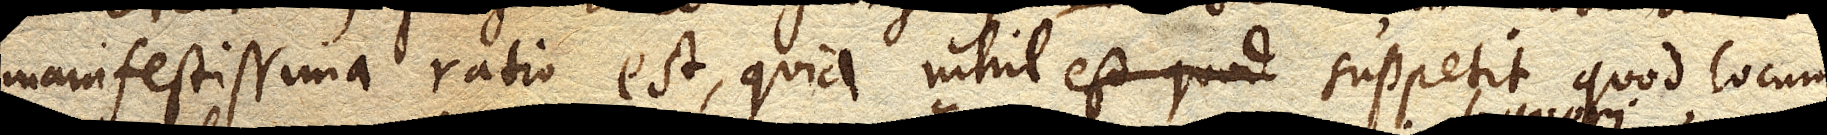
manifestissima ratio est, quia nihil suppetit quod locum